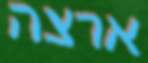
ארצה